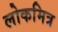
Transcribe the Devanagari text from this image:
लोकमित्र